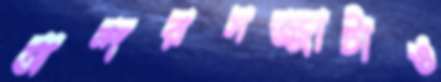
অন্দরসজ্জাটাও